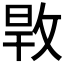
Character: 𢽎